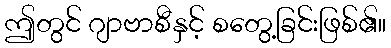
ဤတွင် ဂျာဗာစီနှင့် စတွေ့ခြင်းဖြစ်၏။